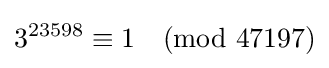
3^{23598}\equiv 1{\pmod {47197}}